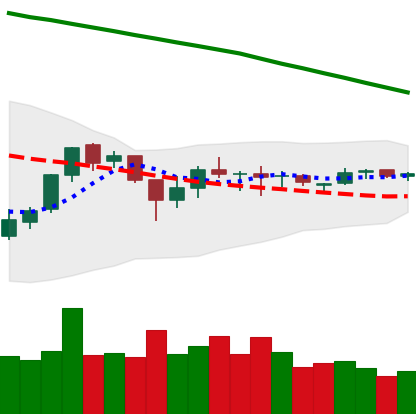
Ticker: EOS-USD
Chart end date: 2018-10-07
Forward return: -10.064%
Label: down_7plus